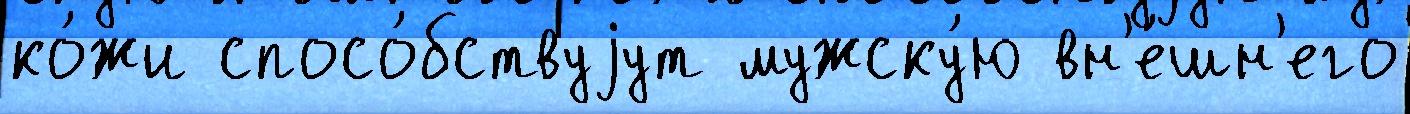
ко́жи спосо́бствуjут мужску́ю вн'е́шн'его